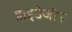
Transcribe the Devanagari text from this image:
हाइडेजीन